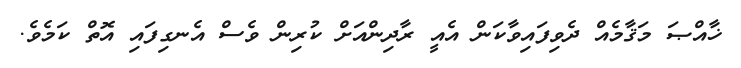
ޚާއްޞަ މަޤާމެއް ދެވިފައިވާކަން އެއީ ރާދިންއަށް ކުރިން ވެސް އެނގިފައި އޮތް ކަމެވެ.